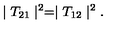
\mid T _ { 2 1 } \mid ^ { 2 } = \mid T _ { 1 2 } \mid ^ { 2 } .